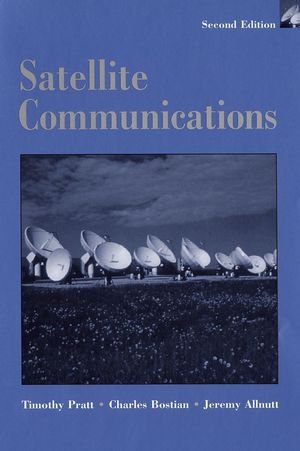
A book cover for Satellite Communications; Timothy Pratt; Science & Math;